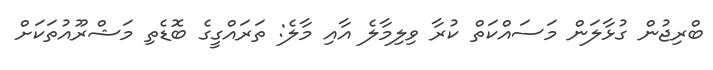
ބްރިޖުން ގުޅާލަން މަސައްކަތް ކުރާ ވިލިމާލެ އާއި މާލެ: ތަރައްގީގެ ބޮޑެތި މަޝްރޫއުތަކަށް